Indian Medical Review
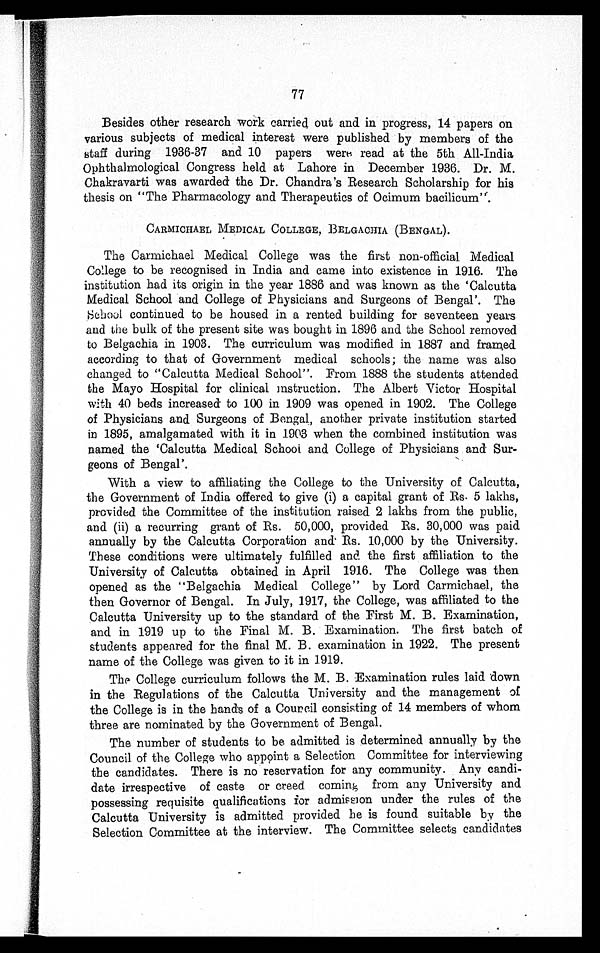
77
Besides other research work carried out and in progress, 14 papers on
various subjects of medical interest were published by members of the
staff during 1936-37 and 10 papers were read at the 5th All-India
Ophthalmological Congress held at Lahore in December 1936. Dr. M.
Chakravarti was awarded the Dr. Chandra's Research Scholarship for his
thesis on "The Pharmacology and Therapeutics of Ocimum".
CARMICHAEL MEDICAL COLLEGE, BELGACHIA (BENGAL).
The Carmichael Medical College was the first non-official Medical
College to be recognised in India and came into existence in 1916. The
institution had its origin in the year 1886 and was known as the 'Calcutta
Medical School and College of Physicians and Surgeons of Bengal'. The
School continued to be housed in a rented building for seventeen years
and the bulk of the present site was bought in 1896 and the School removed
to Belgachia in 1903. The curriculum was modified in 1887 and framed
according to that of Government medical schools; the name was also
changed to "Calcutta Medical School". From 1888 the students attended
the Mayo Hospital for clinical instruction. The Albert Victor Hospital
with 40 beds increased to 100 in 1909 was opened in 1902. The College
of Physicians and Surgeons of Bengal, another private institution started
in 1895, amalgamated with it in 1903 when the combined institution was
named the 'Calcutta Medical School and College of Physicians and Sur-
geons of Bengal'.
With a view to affiliating the College to the University of Calcutta,
the Government of India offered to give (i) a capital grant of Rs. 5 lakhs,
provided the Committee of the institution raised 2 lakhs from the public,
and (ii) a recurring grant of Rs. 50,000, provided Rs. 30,000 was paid
annually by the Calcutta Corporation and Rs. 10,000 by the University.
These conditions were ultimately fulfilled and the first affiliation to the
University of Calcutta obtained in April 1916. The College was then
opened as the "Belgachia Medical College" by Lord Carmichael, the
then Governor of Bengal. In July, 1917, the College, was affiliated to the
Calcutta University up to the standard of the First M. B. Examination,
and in 1919 up to the Final M. B. Examination. The first batch of
students appeared for the final M. B. examination in 1922. The present
name of the College was given to it in 1919.
The College curriculum follows the M. B. Examination rules laid down
in the Regulations of the Calcutta University and the management of
the College is in the hands of a Council consisting of 14 members of whom
three are nominated by the Government of Bengal.
The number of students to be admitted is determined annually by the
Council of the College who appoint a Selection Committee for interviewing
the candidates. There is no reservation for any community. Any candi-
date irrespective of caste or creed coming from any University and
possessing requisite qualifications for admission under the rules of the
Calcutta University is admitted provided he is found suitable by the
Selection Committee at the interview. The Committee selects candidates